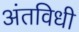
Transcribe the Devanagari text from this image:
अंतविधी